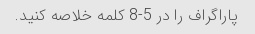
پاراگراف را در 5-8 کلمه خلاصه کنید.